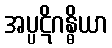
အပ္ပဋိဂန္ဓိယာ